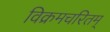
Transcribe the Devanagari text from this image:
विक्रमचरितम्